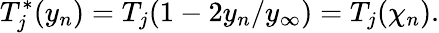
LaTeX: T_{j}^{*}(y_{n})=T_{j}(1-2y_{n}/y_{\infty})=T_{j}(\chi_{n}).